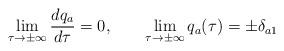
LaTeX: \begin{align*}\lim_{\tau\to \pm \infty} \frac{dq_a}{d\tau}=0,\qquad\lim_{\tau\to \pm \infty}q_a(\tau)=\pm \delta_{a1}\end{align*}